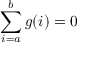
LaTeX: \sum _ { i = a } ^ { b } g ( i ) = 0